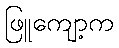
ဖြူကျော့က